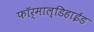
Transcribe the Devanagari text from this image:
फॉर्माल्डिहाईड